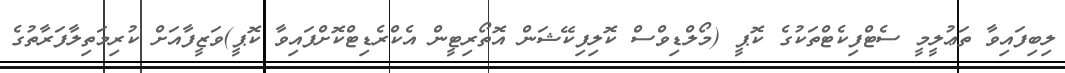
ލިބިފައިވާ ތަޢުލީމީ ސެޓްފިކެޓްތަކުގެ ކޮޕީ (މޯލްޑިވްސް ކޮލިފިކޭޝަން އޮތޯރިޓީން އެކްރެޑިޓްކޮށްފައިވާ ކޮޕީ)ވަޒީފާއަށް ކުރިމަތިލާފަރާތުގެ